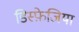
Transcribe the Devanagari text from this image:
डिस्फ़ेजिया